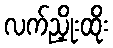
လက်ညှိုးထိုး